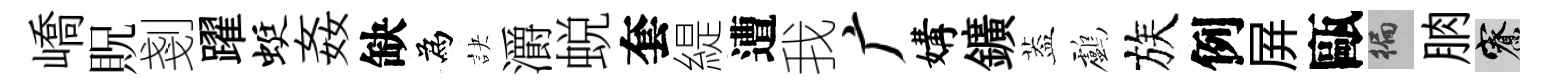
嶠貺剗躍蜓姦缺為訣灂蜕套緹遭我广媾鑛葢鸕族例屛甌徧朒寮